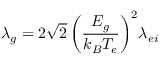
\lambda _ { g } = 2 { \sqrt 2 \left( \frac { E _ { g } } { k _ { B } T _ { e } } \right) } ^ { 2 } \lambda _ { e i }